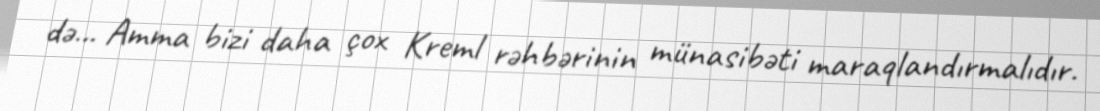
də... Amma bizi daha çox Kreml rəhbərinin münasibəti maraqlandırmalıdır.